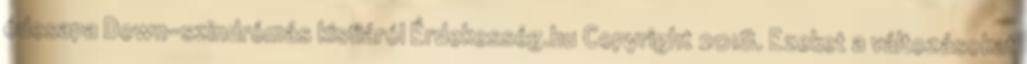
édesapa Down-szindrómás kisfiáról Érdekesség.hu Copyright 2018. Ezeket a változásokat